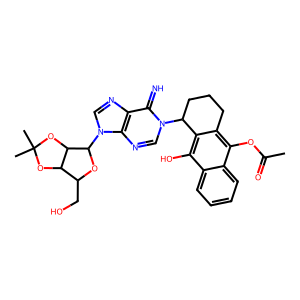
SMILES: CC(=O)Oc1c2c(c(O)c3ccccc13)C(n1cnc3c(ncn3C3OC(CO)C4OC(C)(C)OC43)c1=N)CCC2
Inhibits HIV replication: No